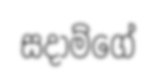
සදාම්ගේ